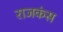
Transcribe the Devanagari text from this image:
राजकंस